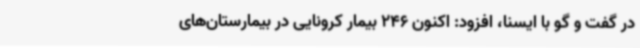
در گفت و گو با ایسنا، افزود: اکنون 246 بیمار کرونایی در بیمارستان‌های